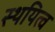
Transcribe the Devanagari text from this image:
स्थयित्व